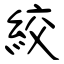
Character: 絞